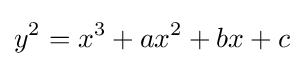
y^{2}=x^{3}+ax^{2}+bx+c